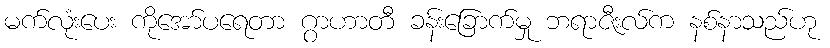
မက်လုံးပေး ကိုအော်ပရေတာ ဂွာဟာတီ ခန်းခြောက်မှု ဘရာဇီးလ်က နစ်နာသည်ဟု